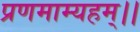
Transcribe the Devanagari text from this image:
प्रणमाम्यहम्।।